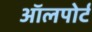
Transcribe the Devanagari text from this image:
ऑलपोर्ट